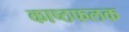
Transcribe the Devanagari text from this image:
काष्ठफलक